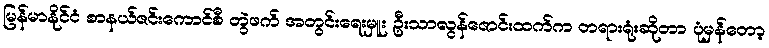
မြန်မာနိုင်ငံ စာနယ်ဇင်းကောင်စီ တွဲဖက် အတွင်းရေးမှူး ဦးသာလွန်ဇောင်းထက်က တရားရုံးဆိုတာ ပုံမှန်တော့